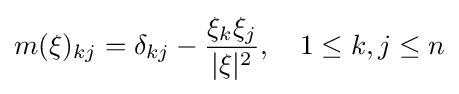
m(\xi )_{kj}=\delta _{kj}-{\frac {\xi _{k}\xi _{j}}{\vert \xi \vert ^{2}}},\quad 1\leq k,j\leq n